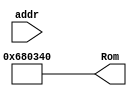
module instmemo(
input[6:0]addr,
output[31:0] Rom
    );
    assign Rom[7'h00]=32'h8c150000;
    assign Rom[7'h01]=32'h20100004;
    assign Rom[7'h02]=32'h20120000;
    assign Rom[7'h03]=32'h00125080;
    assign Rom[7'h04]=32'h01504020;
    assign Rom[7'h05]=32'h8d110000;
    assign Rom[7'h06]=32'h001157c3;
    assign Rom[7'h07]=32'h022a5826;
    assign Rom[7'h08]=32'h11400001;
    assign Rom[7'h09]=32'h21710001;
    assign Rom[7'h0A]=32'had110000;
    assign Rom[7'h0B]=32'h00119820;
    assign Rom[7'h0C]=32'h0011a020;
    assign Rom[7'h0D]=32'h02554822;
    assign Rom[7'h0E]=32'h000957c2;
    assign Rom[7'h0F]=32'h1140001c;
    assign Rom[7'h10]=32'h00125080;
    assign Rom[7'h11]=32'h01504020;
    assign Rom[7'h12]=32'h8d110000;
    assign Rom[7'h13]=32'h001157c3;
    assign Rom[7'h14]=32'h022a5826;
    assign Rom[7'h15]=32'h11400001;
    assign Rom[7'h16]=32'h21710001;
    assign Rom[7'h17]=32'had110000;
    assign Rom[7'h18]=32'h02335022;
    assign Rom[7'h19]=32'h000a57c2;
    assign Rom[7'h1A]=32'h100a0002;
    assign Rom[7'h1B]=32'h0260a020;
    assign Rom[7'h1C]=32'h02209820;
    assign Rom[7'h1D]=32'h02714822;
    assign Rom[7'h1E]=32'h02345022;
    assign Rom[7'h1F]=32'h01495824;
    assign Rom[7'h20]=32'h000b57c2;
    assign Rom[7'h21]=32'h100a0001;
    assign Rom[7'h22]=32'h0220a020;
    assign Rom[7'h23]=32'h16930004;
    assign Rom[7'h24]=32'h02915022;
    assign Rom[7'h25]=32'h000a5fc2;
    assign Rom[7'h26]=32'h100b0002;
    assign Rom[7'h27]=32'h0220a020;
    assign Rom[7'h28]=32'h02405020;
    assign Rom[7'h29]=32'h02405020;
    assign Rom[7'h2A]=32'h21520001;
    assign Rom[7'h2B]=32'h0800000d;
    assign Rom[7'h2C]=32'h00124880;
    assign Rom[7'h2D]=32'h0209b020;
    assign Rom[7'h2E]=32'h20120000;
    assign Rom[7'h2F]=32'h02554822;
    assign Rom[7'h30]=32'h000957c2;
    assign Rom[7'h31]=32'h1140000b;
    assign Rom[7'h32]=32'h00125080;
    assign Rom[7'h33]=32'h02ca5820;
    assign Rom[7'h34]=32'h020a4020;
    assign Rom[7'h35]=32'h8d110000;
    assign Rom[7'h36]=32'h16330002;
    assign Rom[7'h37]=32'had740000;
    assign Rom[7'h38]=32'h0800003a;
    assign Rom[7'h39]=32'had730000;
    assign Rom[7'h3A]=32'h02405020;
    assign Rom[7'h3B]=32'h21520001;
    assign Rom[7'h3C]=32'h0800002f;
    assign Rom[7'h3D]=32'h8ed10000;
    assign Rom[7'h3E]=32'h8ed10004;
    assign Rom[7'h3F]=32'h8ed10008;
    assign Rom[7'h40]=32'h8ed1000c;
    assign Rom[7'h41]=32'h8ed10010;
    assign Rom[7'h42]=32'h8ed10014;
    assign Rom[7'h43]=32'h8ed10018;
    assign Rom[7'h44]=32'h8ed1001c;
    assign Rom[7'h45]=32'h8ed10020;
    assign Rom[7'h46]=32'h8ed10024;
    assign Rom[7'h47]=32'h8ed10028;
    assign Rom[7'h48]=32'h8ed1002c;
    assign Rom[7'h49]=32'h8ed10030;
    assign Rom[7'h4A]=32'h8ed10034;
    assign Rom[7'h4B]=32'h8ed10038;
    assign Rom[7'h4C]=32'h8ed1003c;

endmodule